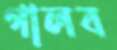
গালব